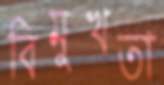
বিমুখতা